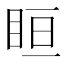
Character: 𥅨